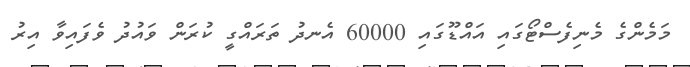
މަމެންގެ މެނިފެސްޓޯގައި އައްޑޫގައި 60000 އެނދު ތަރައްގީ ކުރަން ވައުދު ވެފައިވާ އިރު